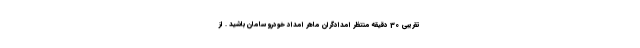
تقریبی 30 دقیقه منتظر امدادگران ماهر امداد خودرو سامان باشید . از